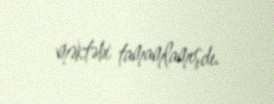
məktəbi tamamlamışdı.